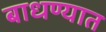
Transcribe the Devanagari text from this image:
बाधण्यात